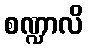
စဏ္ဍာလိ